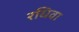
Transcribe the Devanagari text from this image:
रधिवा